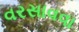
વરસાવવા